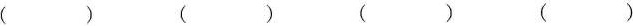
（） （） （） （）